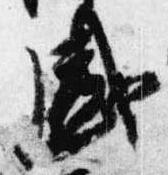
盛